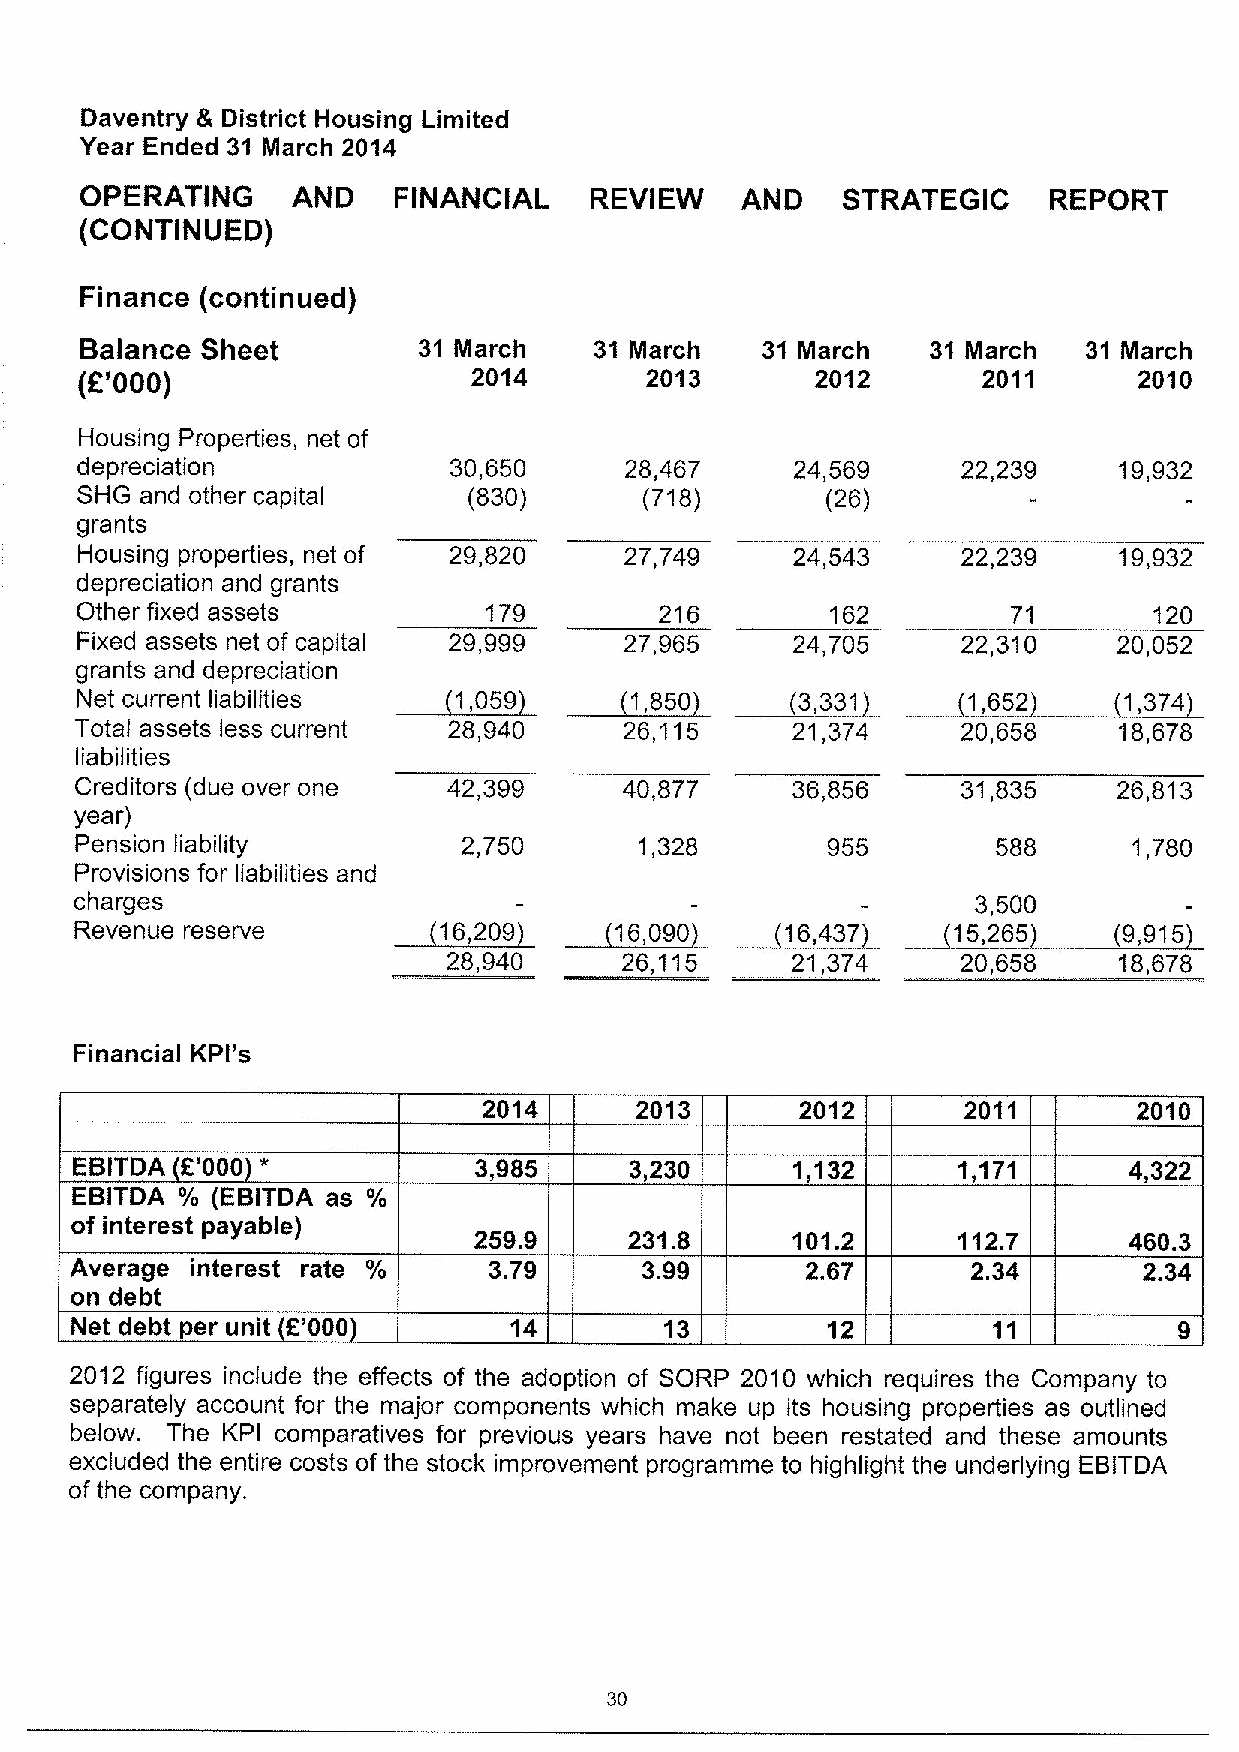
Daventry & District Housing Limited
 Year Ended 31 March 2014
 OPERATING     AND    FINANCIAL    REVIEW    AND    STRATEGIC    REPORT
 (CONTINUED)
 Finance (continued)
 Balance Sheet          31 March   31 March   31 March    31 March  31 March
 (Z'000)                   2014        2013       2012       2011      2010
 Housing Properties, net of
 depreciation             30,650     28,467      24,569     22,239    19,932
 SHG and other capital     (830)       (718)       (26)
 grants
 Housing properties, net of 29,820   27,749     24,543      22,239    19,932
 depreciation and grants
 Other fixed assets         179         216        162         71       120
 Fixed assets net of capital 29,999  27,965     24,705      22,310    20,052
 grants and depreciation
 Net current liabilities  1,059       1,850      3,331      1,652     1,374
 Total assets less current 28,940    26,115     21,374      20,658    18,678
 liabilities
 Creditors (due over one  42,399     40,877     36,856      31,835    26,813
 year)
 Pension liability         2,750      1,328        955        588      1,780
 Provisions for liabilities and
 charges                                                     3,500
 ~16,       ~16,        ~16,
 Revenue reserve           209         090        467      15,265     9,915
 28,940     26,115     21,374      20,658    18,678
 Financial KPI's
 2014      2013       2012       2011       2010
 *
 EBITDA E'000              3,985      3,230     1,132      1,171       4,322
 EBITDA % (EBITDA as %
 of interest payable)
 259.9      231.8     101.2      112.7       460.3
 Average interest rate      3.79       3.99      2.67       2.34        2.34
 on debt
 Net debt per unit E'000      14        13         12
 2012 figures include the effects of the adoption of SORP 2010 which requires the Company to
 separately account for the major components which make up its housing properties as outlined
 below. The KPI comparatives for previous years have not been restated and these amounts
 excluded the entire costs of the stock improvement programme to highlight the underlying EBITDA
 of the company.
 30